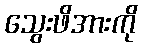
သွေးဖိအားကို